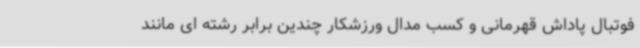
فوتبال پاداش قهرمانی و کسب مدال ورزشکار چندین برابر رشته ای مانند